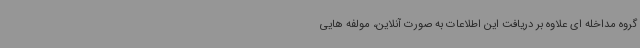
گروه مداخله ای علاوه بر دریافت این اطلاعات به صورت آنلاین، مولفه هایی